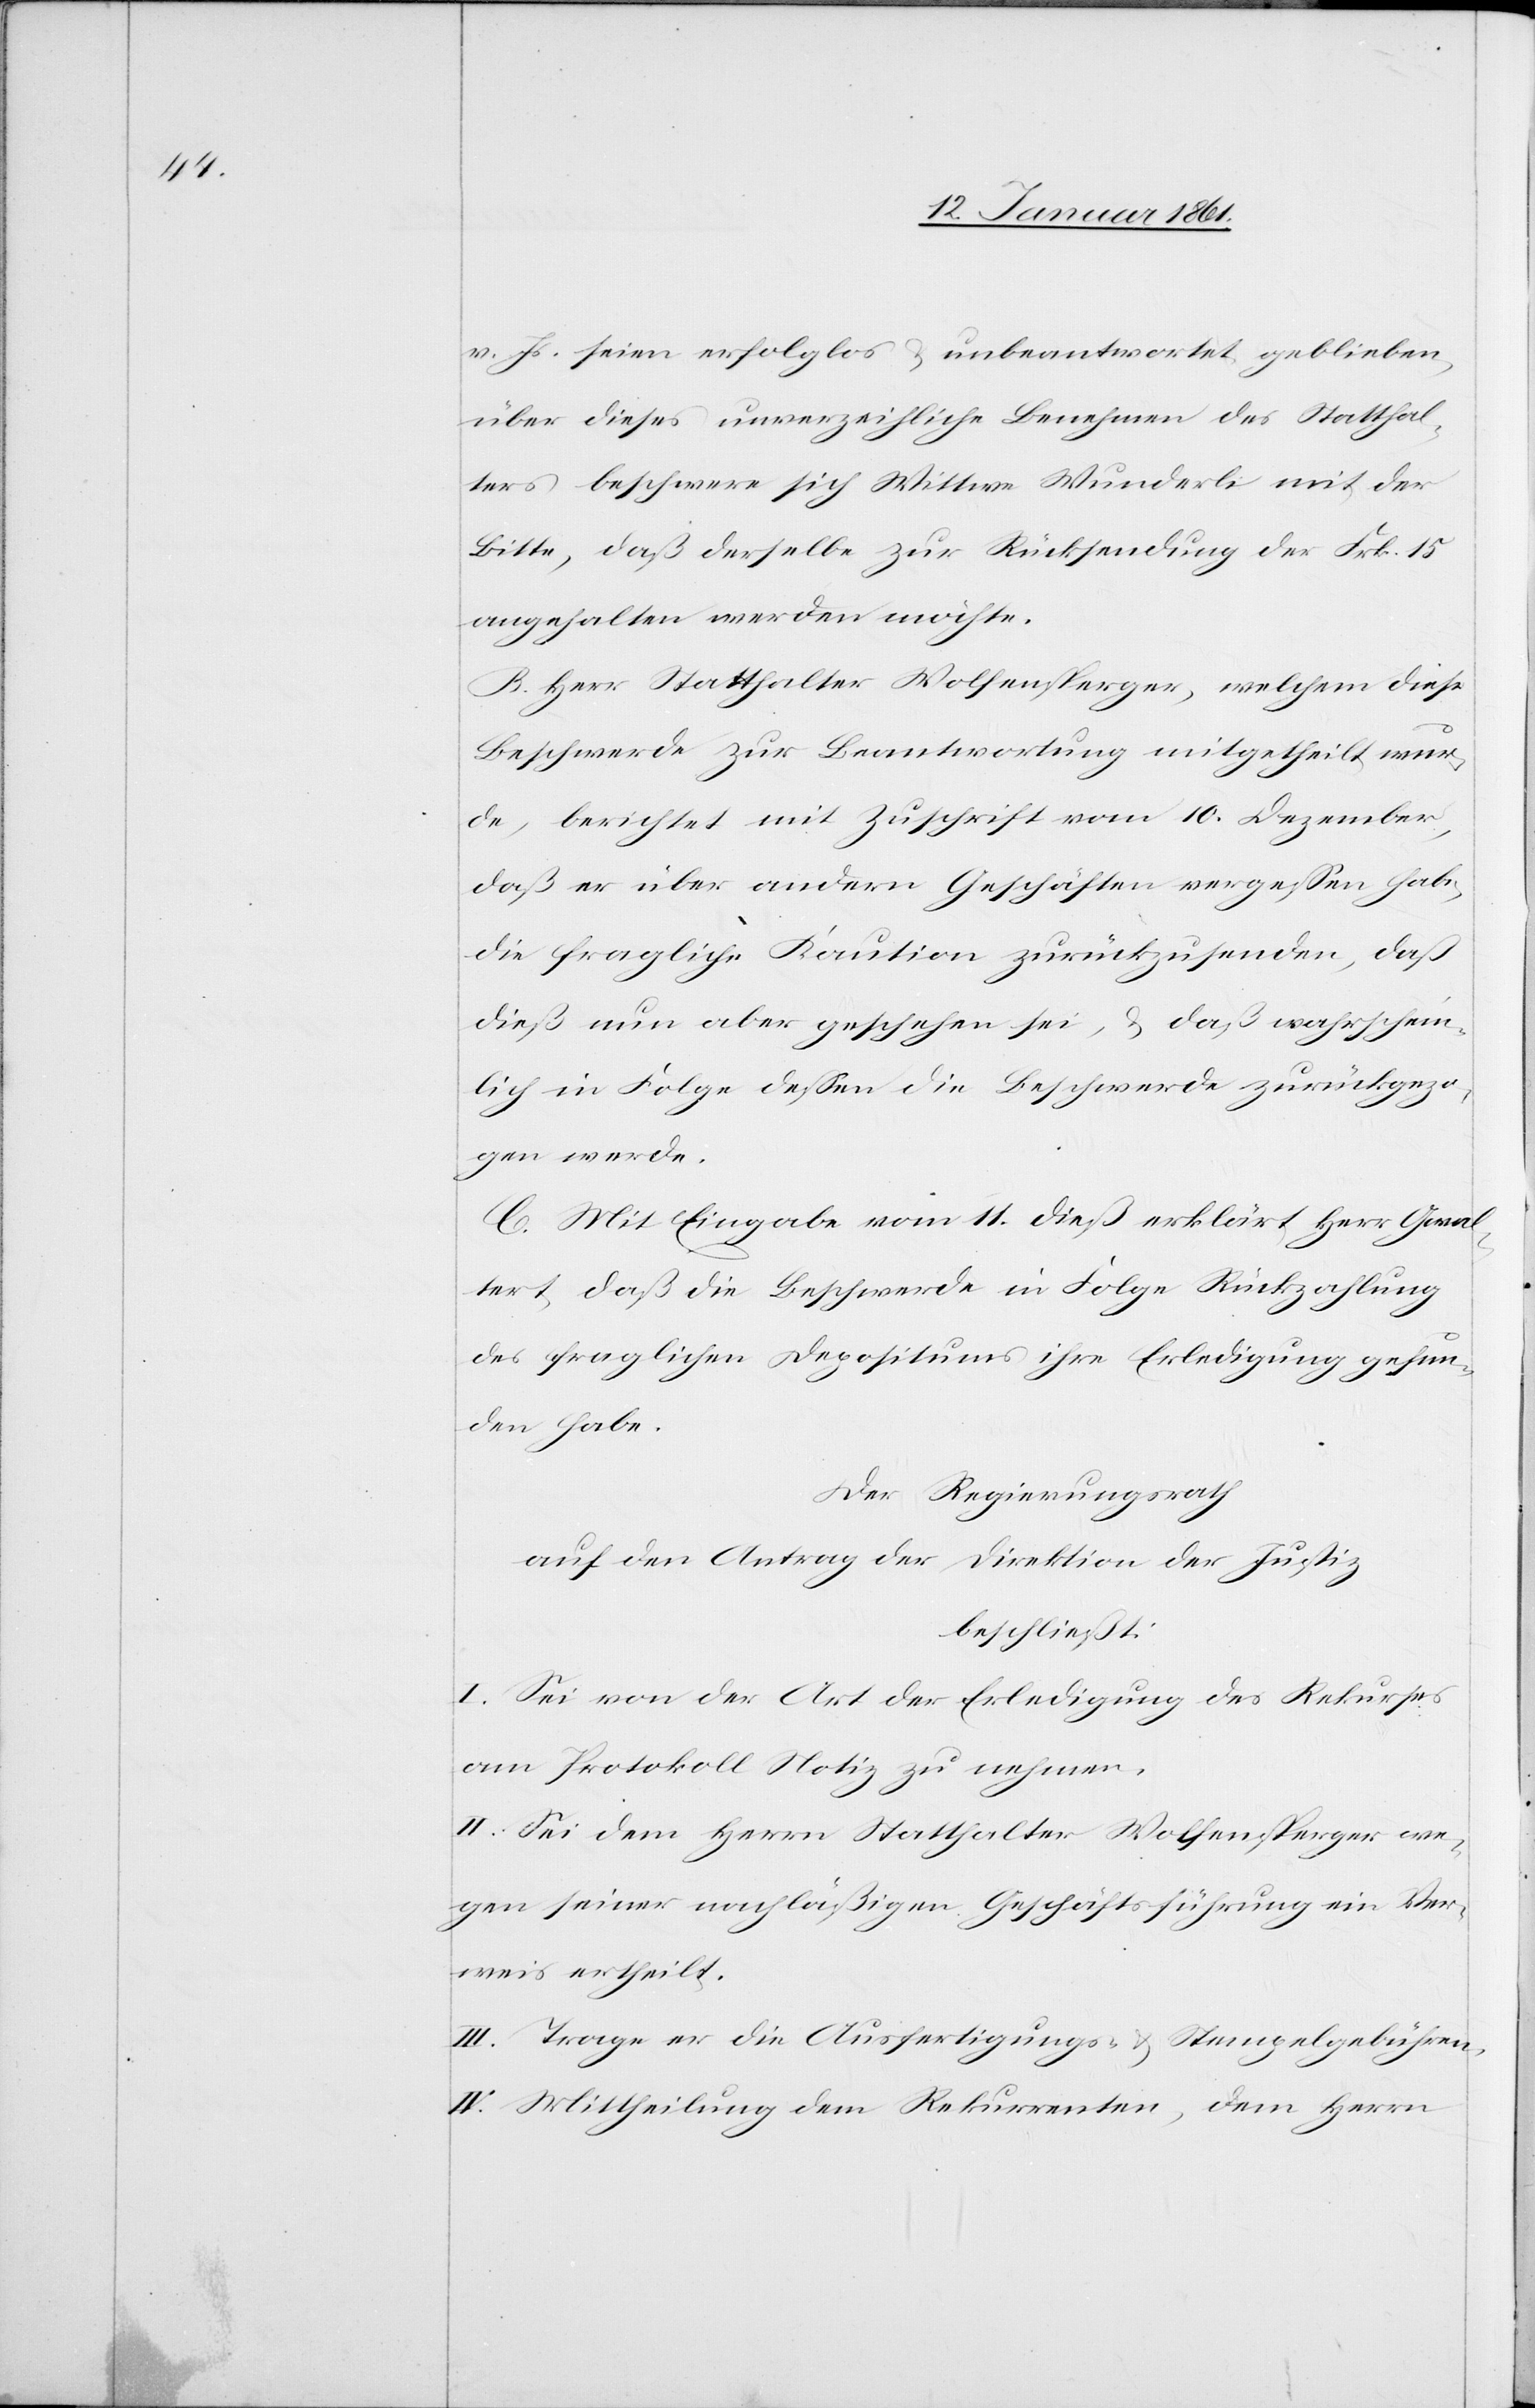
v. Js. seien erfolglos u. unbeantwortet geblieben,
über dieses unverzeihliche Benehmen des Statthal¬
teramtes beschwere sich Wittwe Wunderli mit der
Bitte, daß derselbe zur Rücksendung der Frk. 15
angehalten werden möchte.
B. Herr Statthalter Wolfensperger, welchem diese
Beschwerde zur Beantwortung mitgetheilt wur¬
de, berichtet mit Zuschrift vom 10. Dezember,
daß er über andern Geschäften vergessen habe,
die fragliche Kaution zurückzusenden, daß
dieß nun aber geschehen sei, u. daß wahrschein¬
lich in Folge dessen die Beschwerde zurückgezo¬
gen werde.
C. Mit Eingabe vom 11. dieß erklärt Herr Gwal¬
ter, daß die Beschwerde in Folge Rückzahlung
des fraglichen Depositums ihre Erledigung gefun¬
den habe.
Der Regierungsrath
auf den Antrag der Direktion der Justiz,
beschließt:
I. Sei von der Art der Erledigung des Rekurses
am Protokoll Notiz zu nehmen.
II. Sei dem Herrn Statthalter Wolfensperger we¬
gen seiner nachläßigen Geschäftsführung ein Ver¬
weis ertheilt.
III. Trage er die Ausfertigungs- u. Stempelgebühren.
IV. Mittheilung dem Rekurrenten, dem Herrn